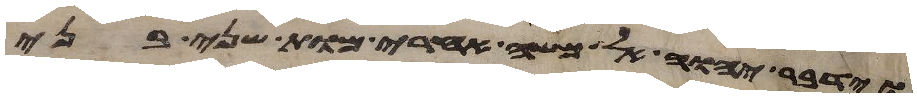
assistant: וידבר יהוה אל משה אחרי מות שני בני